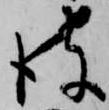
彼